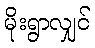
မိုးရွာလျှင်